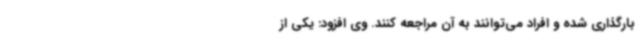
بارگذاری شده و افراد می‌توانند به آن مراجعه کنند. وی افزود: یکی از